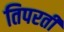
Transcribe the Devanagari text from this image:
तिपरती